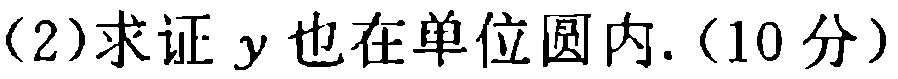
(2)求证 \(y\) 也在单位圆内.（10分）